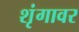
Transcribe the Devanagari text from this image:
शृंगावर